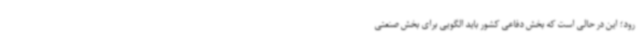
رود؛ این در حالی است که بخش دفاعی کشور باید الگویی برای بخش صنعتی